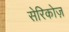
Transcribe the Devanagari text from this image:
सेरिकोज़